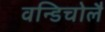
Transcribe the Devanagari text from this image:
वन्डिचोलै